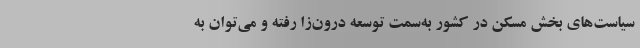
سیاست‌های بخش مسکن در کشور به‌سمت توسعه درون‌زا رفته و می‌توان به